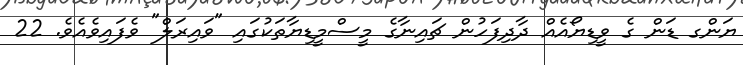
ޔަންގ ޑަން ގެ ވީޑިޔޯއެއް ދާދިފަހުން ޗައިނާގެ މީސްމީޑިޔާތަކުގައި "ވައިރަލް" ވެފައިވެއެވެ. 22